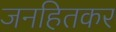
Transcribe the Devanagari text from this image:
जनहितकर